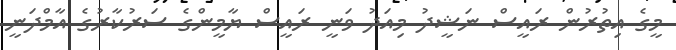
މީގެ އިތުރުން ރައީސް ނަޝީދު މިއަދު ވަނީ ރައީސް ޔާމީންގެ ސަރުކާރުގެ އާމްދަނީ